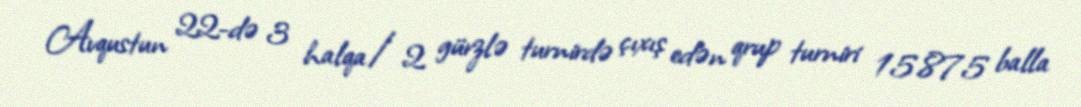
Avqustun 22-də 3 halqa/2 gürzlə turnirdə çıxış edən qrup turniri 15.875 balla